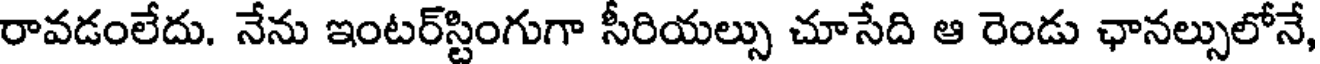
రావడంలేదు. నేను ఇంటర్స్టింగుగా సీరియల్సు చూసేది ఆ రెండు ఛానల్సులోనే,